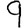
Digit: 9